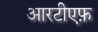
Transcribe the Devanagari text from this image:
आरटीएफ़